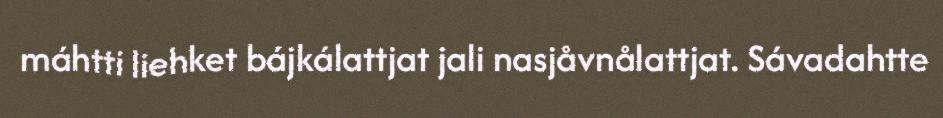
máhtti liehket bájkálattjat jali nasjåvnålattjat. Sávadahtte